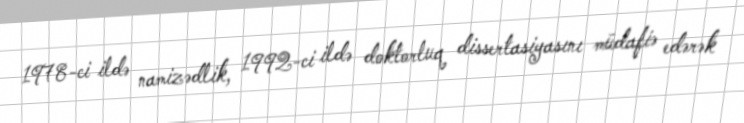
1978-ci ildə namizədlik, 1992-ci ildə doktorluq dissertasiyasını müdafiə edərək